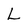
Character: L